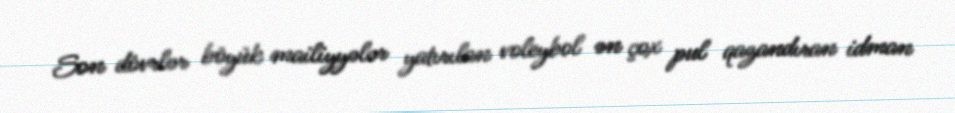
Son dövrlər böyük mailiyyələr yatırılan voleybol ən çox pul qazandıran idman